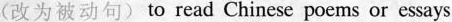
(改为被动句)to read Chinese poems or essays